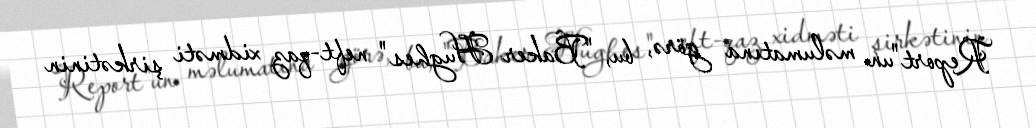
Report"un məlumatına görə, bu, "Baker Hughes" neft-qaz xidməti şirkətinin